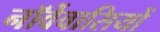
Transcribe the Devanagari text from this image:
नॉर्वेवासियों